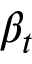
\beta _ { t }